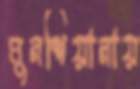
মুনশিয়ানায়